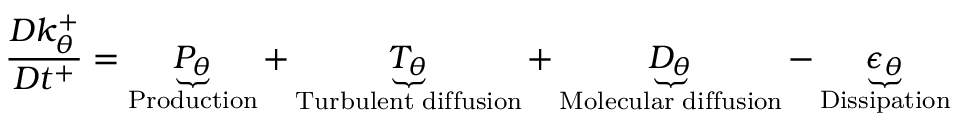
\frac { D k _ { \theta } ^ { + } } { D t ^ { + } } = \underbrace { P _ { \theta } } _ { \mathrm { \tiny { P r o d u c t i o n } } } + \underbrace { T _ { \theta } } _ { \mathrm { \tiny { T u r b u l e n t ~ d i f f u s i o n } } } + \underbrace { D _ { \theta } } _ { \mathrm { \tiny { M o l e c u l a r ~ d i f f u s i o n } } } - \underbrace { \epsilon _ { \theta } } _ { \mathrm { \tiny { D i s s i p a t i o n } } }